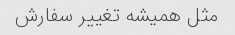
مثل همیشه تغییر سفارش